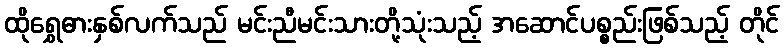
ထိုရွှေဓားနှစ်လက်သည် မင်းညီမင်းသားတို့သုံးသည့် အဆောင်ပစ္စည်းဖြစ်သည့် တိုင်